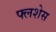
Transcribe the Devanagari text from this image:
फ्लशेस